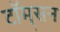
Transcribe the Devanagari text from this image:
टॉम्‌सन